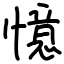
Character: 憶